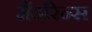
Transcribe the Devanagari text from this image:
मैंडरिन्स